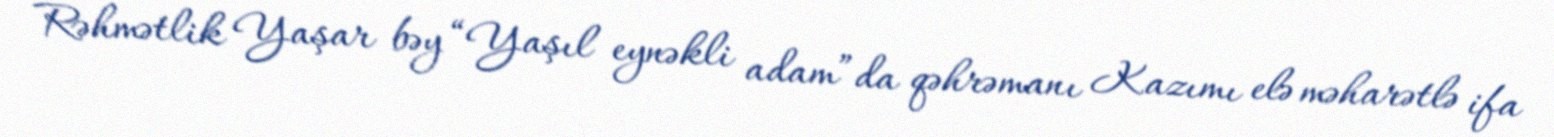
Rəhmətlik Yaşar bəy “Yaşıl eynəkli adam”da qəhrəmanı Kazımı elə məharətlə ifa